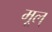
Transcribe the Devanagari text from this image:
मूल्